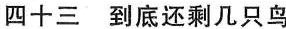
四十三到底还剩几只鸟